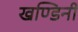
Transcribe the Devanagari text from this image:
खण्डिनी